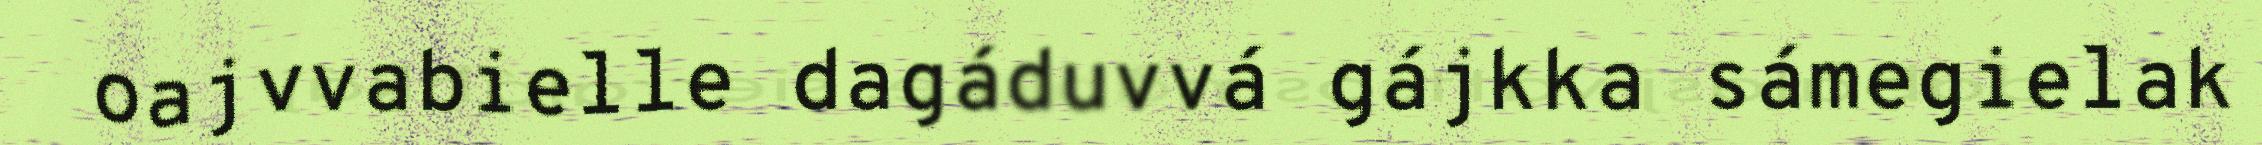
oajvvabielle dagáduvvá gájkka sámegielak